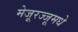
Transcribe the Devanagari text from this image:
मेजूरज्जूमधे